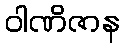
ဝါဏိဇာန